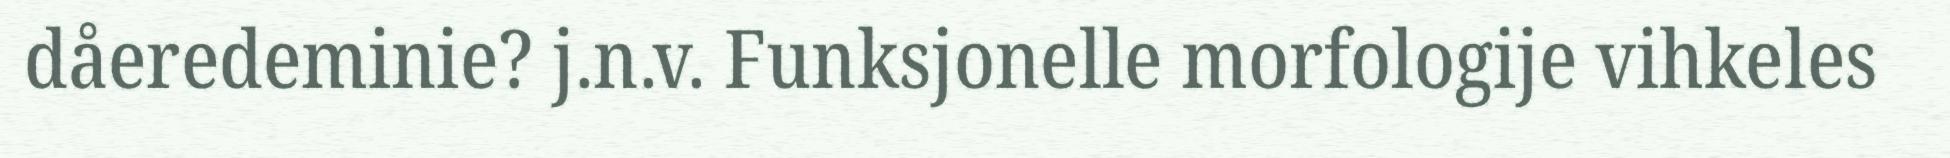
dåeredeminie? j.n.v. Funksjonelle morfologije vihkeles